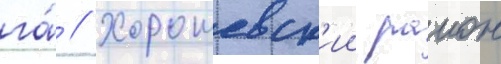
га́ // Хорошевск'ии раион